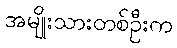
အမျိုးသားတစ်ဦးက